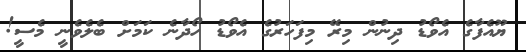
ޔޫއެފާގެ އެވޯޑު ދިނުން މިރޭ މިފަހަރުގެ އެވޯޑު ހޯދާނެ ކަމަށް ބެލެވެނީ މެސީ!